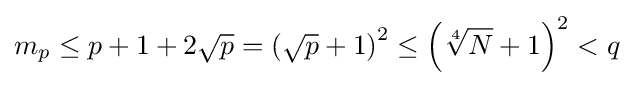
m_{p}\leq p+1+2{\sqrt {p}}=\left({\sqrt {p}}+1\right)^{2}\leq \left({\sqrt[{4}]{N}}+1\right)^{2}<q